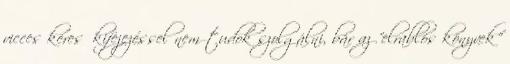
vicces keresőkifejezéssel nem tudok szolgálni, bár az "elrablós könyvek"